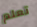
تعلم